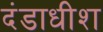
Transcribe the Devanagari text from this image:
दंडाधीश